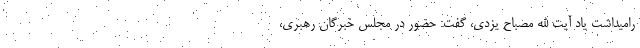
رامیداشت یاد آیت الله مصباح یزدی، گفت: حضور در مجلس خبرگان رهبری،